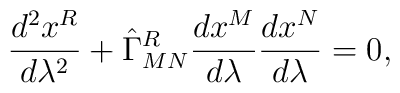
{{d^2x^R}\over{d\lambda^2}}+\hat{\Gamma}^R_{MN}{{dx^M}\over{d\lambda}}{{dx^N}\over{d\lambda}}=0,